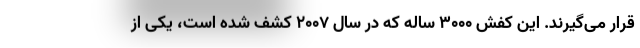
قرار می‌گیرند. این کفش ۳۰۰۰ ساله که در سال ۲۰۰۷ کشف شده است، یکی از